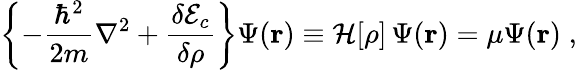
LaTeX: \left\{ -\frac{\hbar^{2}}{2m}\nabla^{2}+\frac{\delta{\cal E}_{c}}{\delta\rho}\right\} \Psi({\mathbf r})\equiv{\cal H}[\rho]\, \Psi({\mathbf r})=\mu\Psi({\mathbf r})\; ,